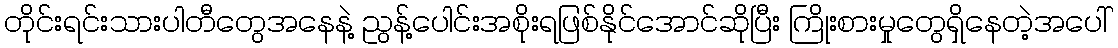
တိုင်းရင်းသားပါတီတွေအနေနဲ့ ညွန့်ပေါင်းအစိုးရဖြစ်နိုင်အောင်ဆိုပြီး ကြိုးစားမှုတွေရှိနေတဲ့အပေါ်